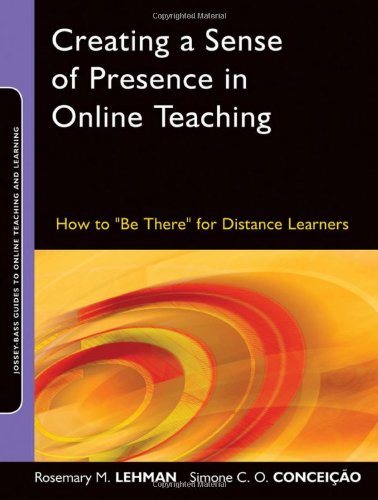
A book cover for Creating a Sense of Presence in Online Teaching: How to "Be There" for Distance Learners; Rosemary M. Lehman; Education & Teaching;